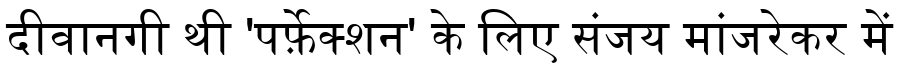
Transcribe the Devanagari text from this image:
दीवानगी थी 'पर्फ़ेक्शन' के लिए संजय मांजरेकर में